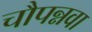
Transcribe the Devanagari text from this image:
चौपन्नवा